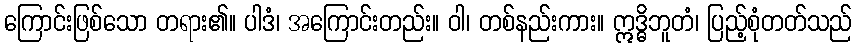
ကြောင်းဖြစ်သော တရား၏။ ပါဒံ၊ အကြောင်းတည်း။ ဝါ၊ တစ်နည်းကား။ ဣဒ္ဓိဘူတံ၊ ပြည့်စုံတတ်သည်